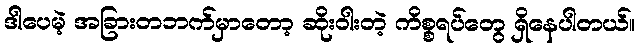
ဒါပေမဲ့ အခြားတဘက်မှာတော့ ဆိုးဝါးတဲ့ ကိစ္စရပ်တွေ ရှိနေပါတယ်။